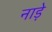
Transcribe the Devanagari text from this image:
नाड़े